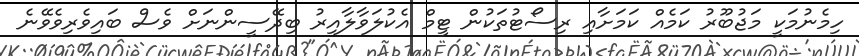
ހިމެނުމަކީ މަޖުބޫރު ކަމެއް ކަމަށާއި ރިސޯޓުތަކުން ޓީމް އެކުލަވާލާއިރު ބިދޭސީންނަށް ވެސް ބައިވެރިވެވޭނެ